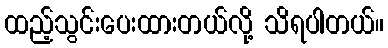
ထည့်သွင်းပေးထားတယ်လို့ သိရပါတယ်။